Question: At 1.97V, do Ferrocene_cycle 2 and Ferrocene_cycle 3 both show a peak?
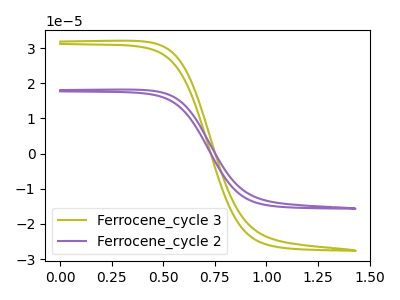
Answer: <think>The olive curve "Ferrocene_cycle 3" has no peaks. The purple curve "Ferrocene_cycle 2" has no peaks.</think>
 <answer>No, "Ferrocene_cycle 2" and "Ferrocene_cycle 3" dont share a peak at 1.97V.</answer>
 <eval>mismatch</eval>